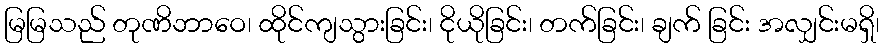
မြမြသည် တုဏိဘာဝေ၊ ထိုင်ကျသွားခြင်း၊ ငိုယိုခြင်း၊ တက်ခြင်း၊ ချက် ခြင်း အလျှင်းမရှိ၊